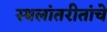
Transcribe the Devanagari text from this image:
स्थलांतरीतांचे